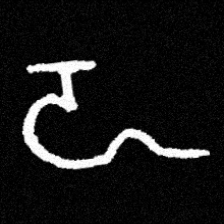
Pyu character \u2014 Myanmar letter: ဍ (romanized: dda)